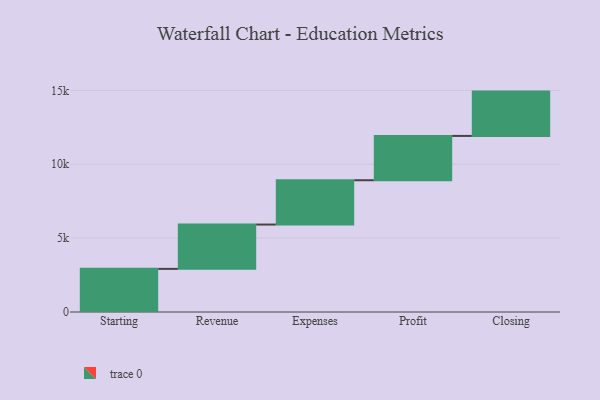
{"axis": {"x": "Step", "y": "Value"}, "legend": [""], "data": [{"x": "Starting", "y": 2920.0, "type": ""}, {"x": "Revenue", "y": 3000, "type": ""}, {"x": "Expenses", "y": 3000, "type": ""}, {"x": "Profit", "y": 3000, "type": ""}, {"x": "Closing", "y": 3000, "type": ""}]}